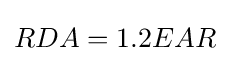
RDA=1.2EAR